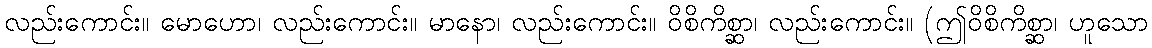
လည်းကောင်း။ မောဟော၊ လည်းကောင်း။ မာနော၊ လည်းကောင်း။ ဝိစိကိစ္ဆာ၊ လည်းကောင်း။ (ဤဝိစိကိစ္ဆာ၊ ဟူသော